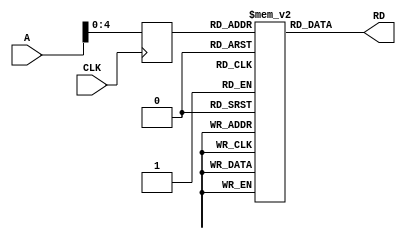
`define  INS		5'b00000 //
`define  DES		5'b00001 //

`define	AND		5'b01000	//
`define 	OR    	5'b01001	//
`define 	XOR   	5'b01010	//
`define	SLL		5'b01011	//
`define 	SRL   	5'b01100 //
`define	SLA		5'b01101 //
`define 	SRA   	5'b01110 //

`define  ADD		5'b10000 //
`define	ADDC		5'b10001 //
`define	SUB   	5'b10010 //
`define 	SUBC  	5'b10011 //

`define	ADD_I		5'b10100 //
`define 	SUB_I  	5'b10101 //
`define	ADD_II	5'b10110 //
`define 	SUB_II 	5'b10111 //

`define	CMP		5'b00100 //
`define	JUMP		5'b00101 //
`define	MOV		5'b00110 //

module InstructionMemory(
	input CLK,
	input [7:0] A,
	output [15:0] RD
   );
	
	reg [15:0] IMmem [21:0];
	reg [7:0] temp = 0;
	assign RD = IMmem[temp];//
	
	initial begin
		IMmem[0] = {`INS, 3'b000, 4'b0011,4'b0000};		//

		IMmem[1] = {`ADD_I,  3'b000, 4'b0001, 4'b1000};	//regData[1]=8
		IMmem[2] = {`SUB_I,	3'b000, 4'b0001, 4'b0001};	//regData[1]=7
		IMmem[3] = {`ADD_II, 3'b000, 4'b0001, 4'b0010};
		IMmem[4] = {`SUB_II, 3'b000, 4'b0001, 4'b0010};
		
		IMmem[5] = {`OR,  3'b000, 4'b0010, 4'b0001};		//regData[2]=7
		IMmem[6] = {`AND, 3'b000, 4'b0001, 4'b0010};		
		IMmem[7] = {`XOR, 3'b000, 4'b0010, 4'b0001};		//regData[2]=0
		
		IMmem[8] = {`MOV,3'b000, 4'b0010, 4'b0010};		//regData[2]=2
		
		IMmem[9 ] = {`SLL, 3'b000, 4'b0001, 4'b0010}; 	//regData[1]=28
		IMmem[10] = {`SRL, 3'b000, 4'b0001, 4'b0010};	//regData[1]=7
		IMmem[11] = {`SLA, 3'b000, 4'b0001, 4'b0010};	//regData[1]=28
		IMmem[12] = {`SRA, 3'b000, 4'b0001, 4'b0010};	//regData[1]=7
		IMmem[13] = {`ADD, 3'b000, 4'b0001, 4'b0010};	//regData[1]=9
		IMmem[14] = {`ADDC,3'b000, 4'b0001, 4'b0010};	//regData[1]=11
		IMmem[15] = {`SUB, 3'b000, 4'b0001, 4'b0010};	//regData[1]=9
		IMmem[16] = {`SUBC,3'b000, 4'b0001, 4'b0010};	//regData[1]=7

		IMmem[17] = {`CMP, 	3'b000, 4'b0001, 4'b0010};	
		IMmem[18] = {`MOV, 	3'b000, 4'b0001, 4'b0010};	//regData[1]=2
		IMmem[19] = {`JUMP, 	3'b000, 8'b00010101};		//21
		IMmem[20] = {`MOV, 	3'b000, 4'b0001, 4'b0011}; //,regData[1]=3
		IMmem[21] = {`DES, 	3'b000, 4'b0011, 4'b0000}; //
	end
	
	always@(negedge CLK) 
		begin
			temp <= A;
	end
	
endmodule